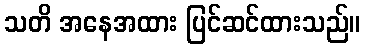
သတိ အနေအထား ပြင်ဆင်ထားသည်။